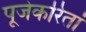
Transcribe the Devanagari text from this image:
पूजेकरितां